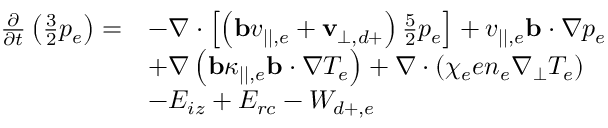
\begin{array} { r l } { \frac { \partial } { \partial t } \left( \frac { 3 } { 2 } p _ { e } \right) = } & { - \nabla \cdot \left[ \left( \mathbf { b } v _ { | | , e } + \mathbf { v } _ { \perp , d + } \right) \frac { 5 } { 2 } p _ { e } \right] + v _ { | | , e } \mathbf { b } \cdot \nabla p _ { e } } \\ & { + \nabla \left( \mathbf { b } \kappa _ { | | , e } \mathbf { b } \cdot \nabla T _ { e } \right) + \nabla \cdot \left( \chi _ { e } e n _ { e } \nabla _ { \perp } T _ { e } \right) } \\ & { - E _ { i z } + E _ { r c } - W _ { d + , e } } \end{array}